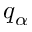
q _ { \alpha }